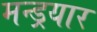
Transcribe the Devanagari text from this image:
मन्ड्रयार